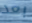
بعد